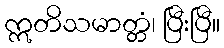
ဣတိသမာတ္တံ၊ ပြီးပြီ။